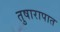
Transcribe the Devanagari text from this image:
तुषारापात